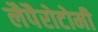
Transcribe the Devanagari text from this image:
लैपैरोटोमी